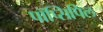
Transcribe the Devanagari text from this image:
पॉप्सिपिल